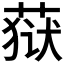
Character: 𮶩